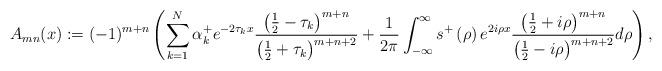
LaTeX: \begin{align*}A_{mn}(x):=(-1)^{m+n}\left( \sum_{k=1}^{N}\alpha_{k}^{+}e^{-2\tau_{k}x}\frac{\left( \frac{1}{2}-\tau_{k}\right) ^{m+n}}{\left( \frac{1}{2}+\tau_{k}\right) ^{m+n+2}}+\frac{1}{2\pi}\int_{-\infty}^{\infty}s^{+}\left(\rho\right) e^{2i\rho x}\frac{\left( \frac{1}{2}+i\rho\right) ^{m+n}}{\left( \frac{1}{2}-i\rho\right) ^{m+n+2}}d\rho\right) , \end{align*}